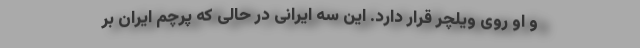
و او روی ویلچر قرار دارد. این سه ایرانی در حالی که پرچم ایران بر